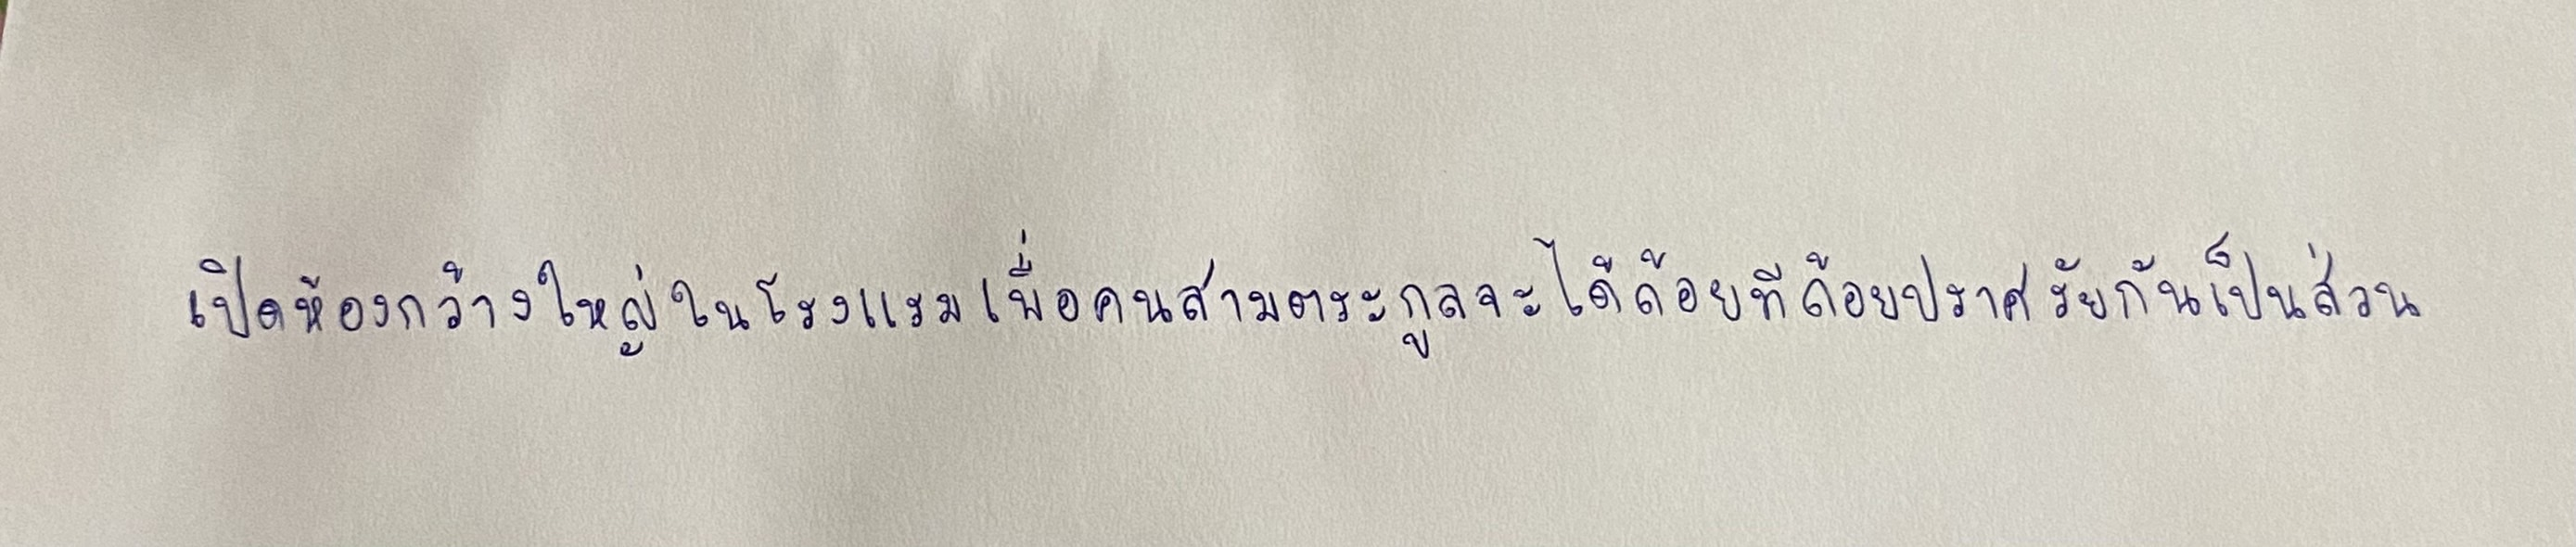
เปิดห้องกว้างใหญ่ในโรงแรมเพื่อคนสามตระกูลจะได้ถ้อยทีถ้อยปราศรัยกันเป็นส่วน